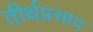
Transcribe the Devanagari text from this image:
तीर्थप्रसाद